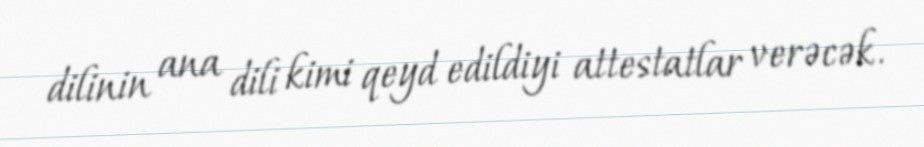
dilinin ana dili kimi qeyd edildiyi attestatlar verəcək.